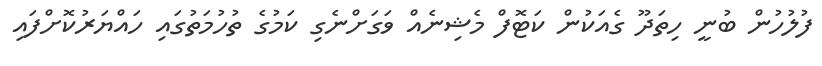
ފުލުހުން ބުނީ ހިތަދޫ ގެއަކުން ކަޓޮފް މެޝިނެއް ވަގަށްނެގި ކަމުގެ ތުހުމަތުގައި ހައްޔަރުކޮށްފައި